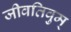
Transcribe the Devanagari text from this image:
जीवतिवुम्